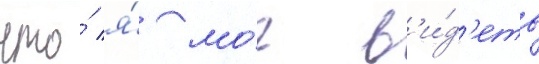
что́ я́ мо́г в'и́д'еть